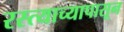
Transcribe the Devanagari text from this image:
रस्त्याच्यापासून